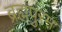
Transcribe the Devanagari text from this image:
ब्रह्मपुरम